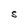
Character: S